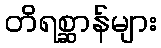
တိရစ္ဆာန်များ